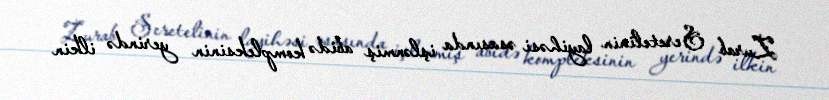
Zurab Seretelinin layihəsi əsasında işlənmiş abidə kompleksinin yerində ilkin